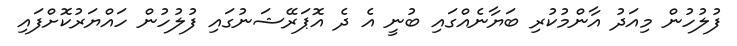
ފުލުހުން މިއަދު އާންމުކުރި ބަޔާނެއްގައި ބުނީ އެ ދެ އޮޕަރޭޝަނުގައި ފުލުހުން ހައްޔަރުކޮށްފައި